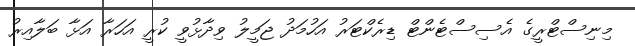
މިނިސްޓްރީގެ އެސިސްޓެންޓް ޑިރެކްޓަރު އަހުމަދު ޖަމީލު ވިދާޅުވީ ކުރީ އަހަރާ އަޅާ ބަލާއިރު